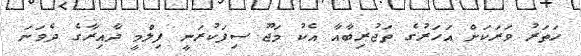
ހަތަރު ވަރަކަށް އަހަރުގެ ތަޖުރިބާއާ އެކު މަޖޫ ސިފަކުރަނީ ފިލްމީ ދާއިރާގެ ދެވަނަ